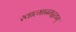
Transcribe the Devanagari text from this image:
स्वात्मानमद्वयम्